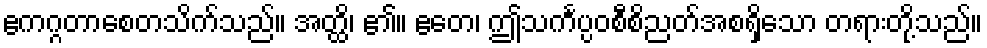
ဧကဂ္ဂတာစေတသိက်သည်။ အတ္ထိ၊ ၏။ ဧတေ၊ ဤသင်္ကပ္ပဝစီစိညတ်အစရှိသော တရားတို့သည်။